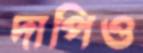
দাপিও